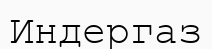
Индергаз